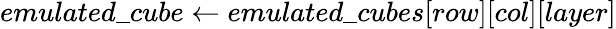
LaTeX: emulated\_ cube\gets emulated\_ cubes[row][col][layer]